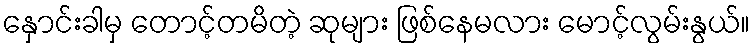
နှောင်းခါမှ တောင့်တမိတဲ့ ဆုများ ဖြစ်နေမလား မောင့်လွမ်းနွယ်။